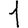
Digit: 1